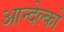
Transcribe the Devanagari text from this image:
आन्देल्को